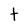
Character: t